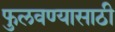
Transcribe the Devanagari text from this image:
फुलवण्यासाठी